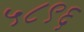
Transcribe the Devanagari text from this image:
५८९६